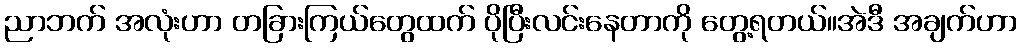
ညာဘက် အလုံးဟာ တခြားကြယ်တွေထက် ပိုပြီးလင်းနေတာကို တွေ့ရတယ်။အဲဒီ အချက်ဟာ